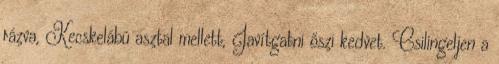
rázva, Kecskelábú asztal mellett, Javítgatni őszi kedvet. Csilingeljen a